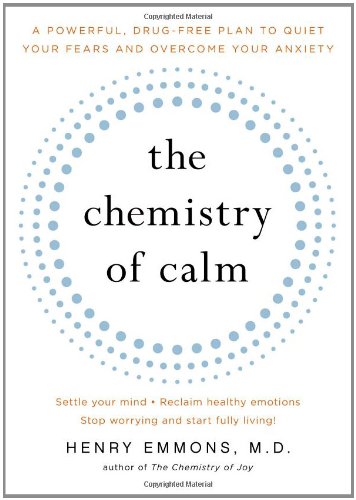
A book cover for The Chemistry of Calm: A Powerful, Drug-Free Plan to Quiet Your Fears and Overcome Your Anxiety; Henry Emmons  MD; Self-Help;